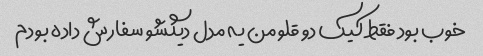
خوب بود فقط کیک دو قلو من یه مدل دیگشو سفارش داده بودم